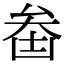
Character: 𠫻